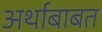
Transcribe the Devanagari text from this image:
अर्थाबाबत